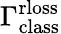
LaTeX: \Gamma_{\mathrm{class}}^{\mathrm{rloss}}